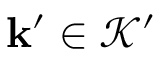
\mathbf { k } ^ { \prime } \in \mathcal { K } ^ { \prime }